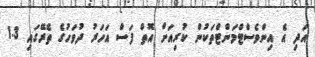
އަދި އެ އިންވެސްޓްމަންޓްތަކުން ކުރިއަށް އޮތް ފަސް އަހަރު ދުވަހުގެ ތެރޭގައި 1.3